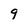
Character: 9